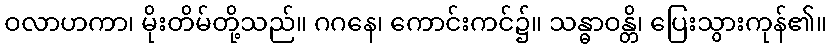
ဝလာဟကာ၊ မိုးတိမ်တို့သည်။ ဂဂနေ၊ ကောင်းကင်၌။ သန္ဓာဝန္တိ၊ ပြေးသွားကုန်၏။